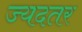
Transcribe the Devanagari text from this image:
ज्यदतर